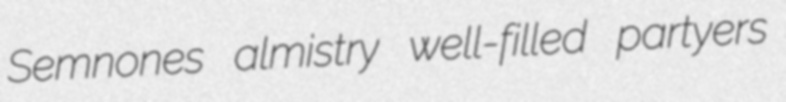
Semnones almistry well-filled partyers